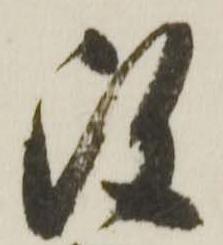
改